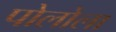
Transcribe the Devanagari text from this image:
पोलोला